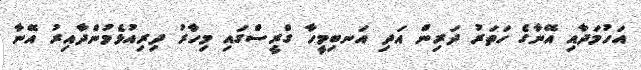
އަހުމަދާއި އޭނާގެ ހަތަރު ދަރިން އަދި އަނބިމީހާ ގްރީސްގައި މިހާރު ދިރިއުޅެމުންދާއިރު އޭނާ